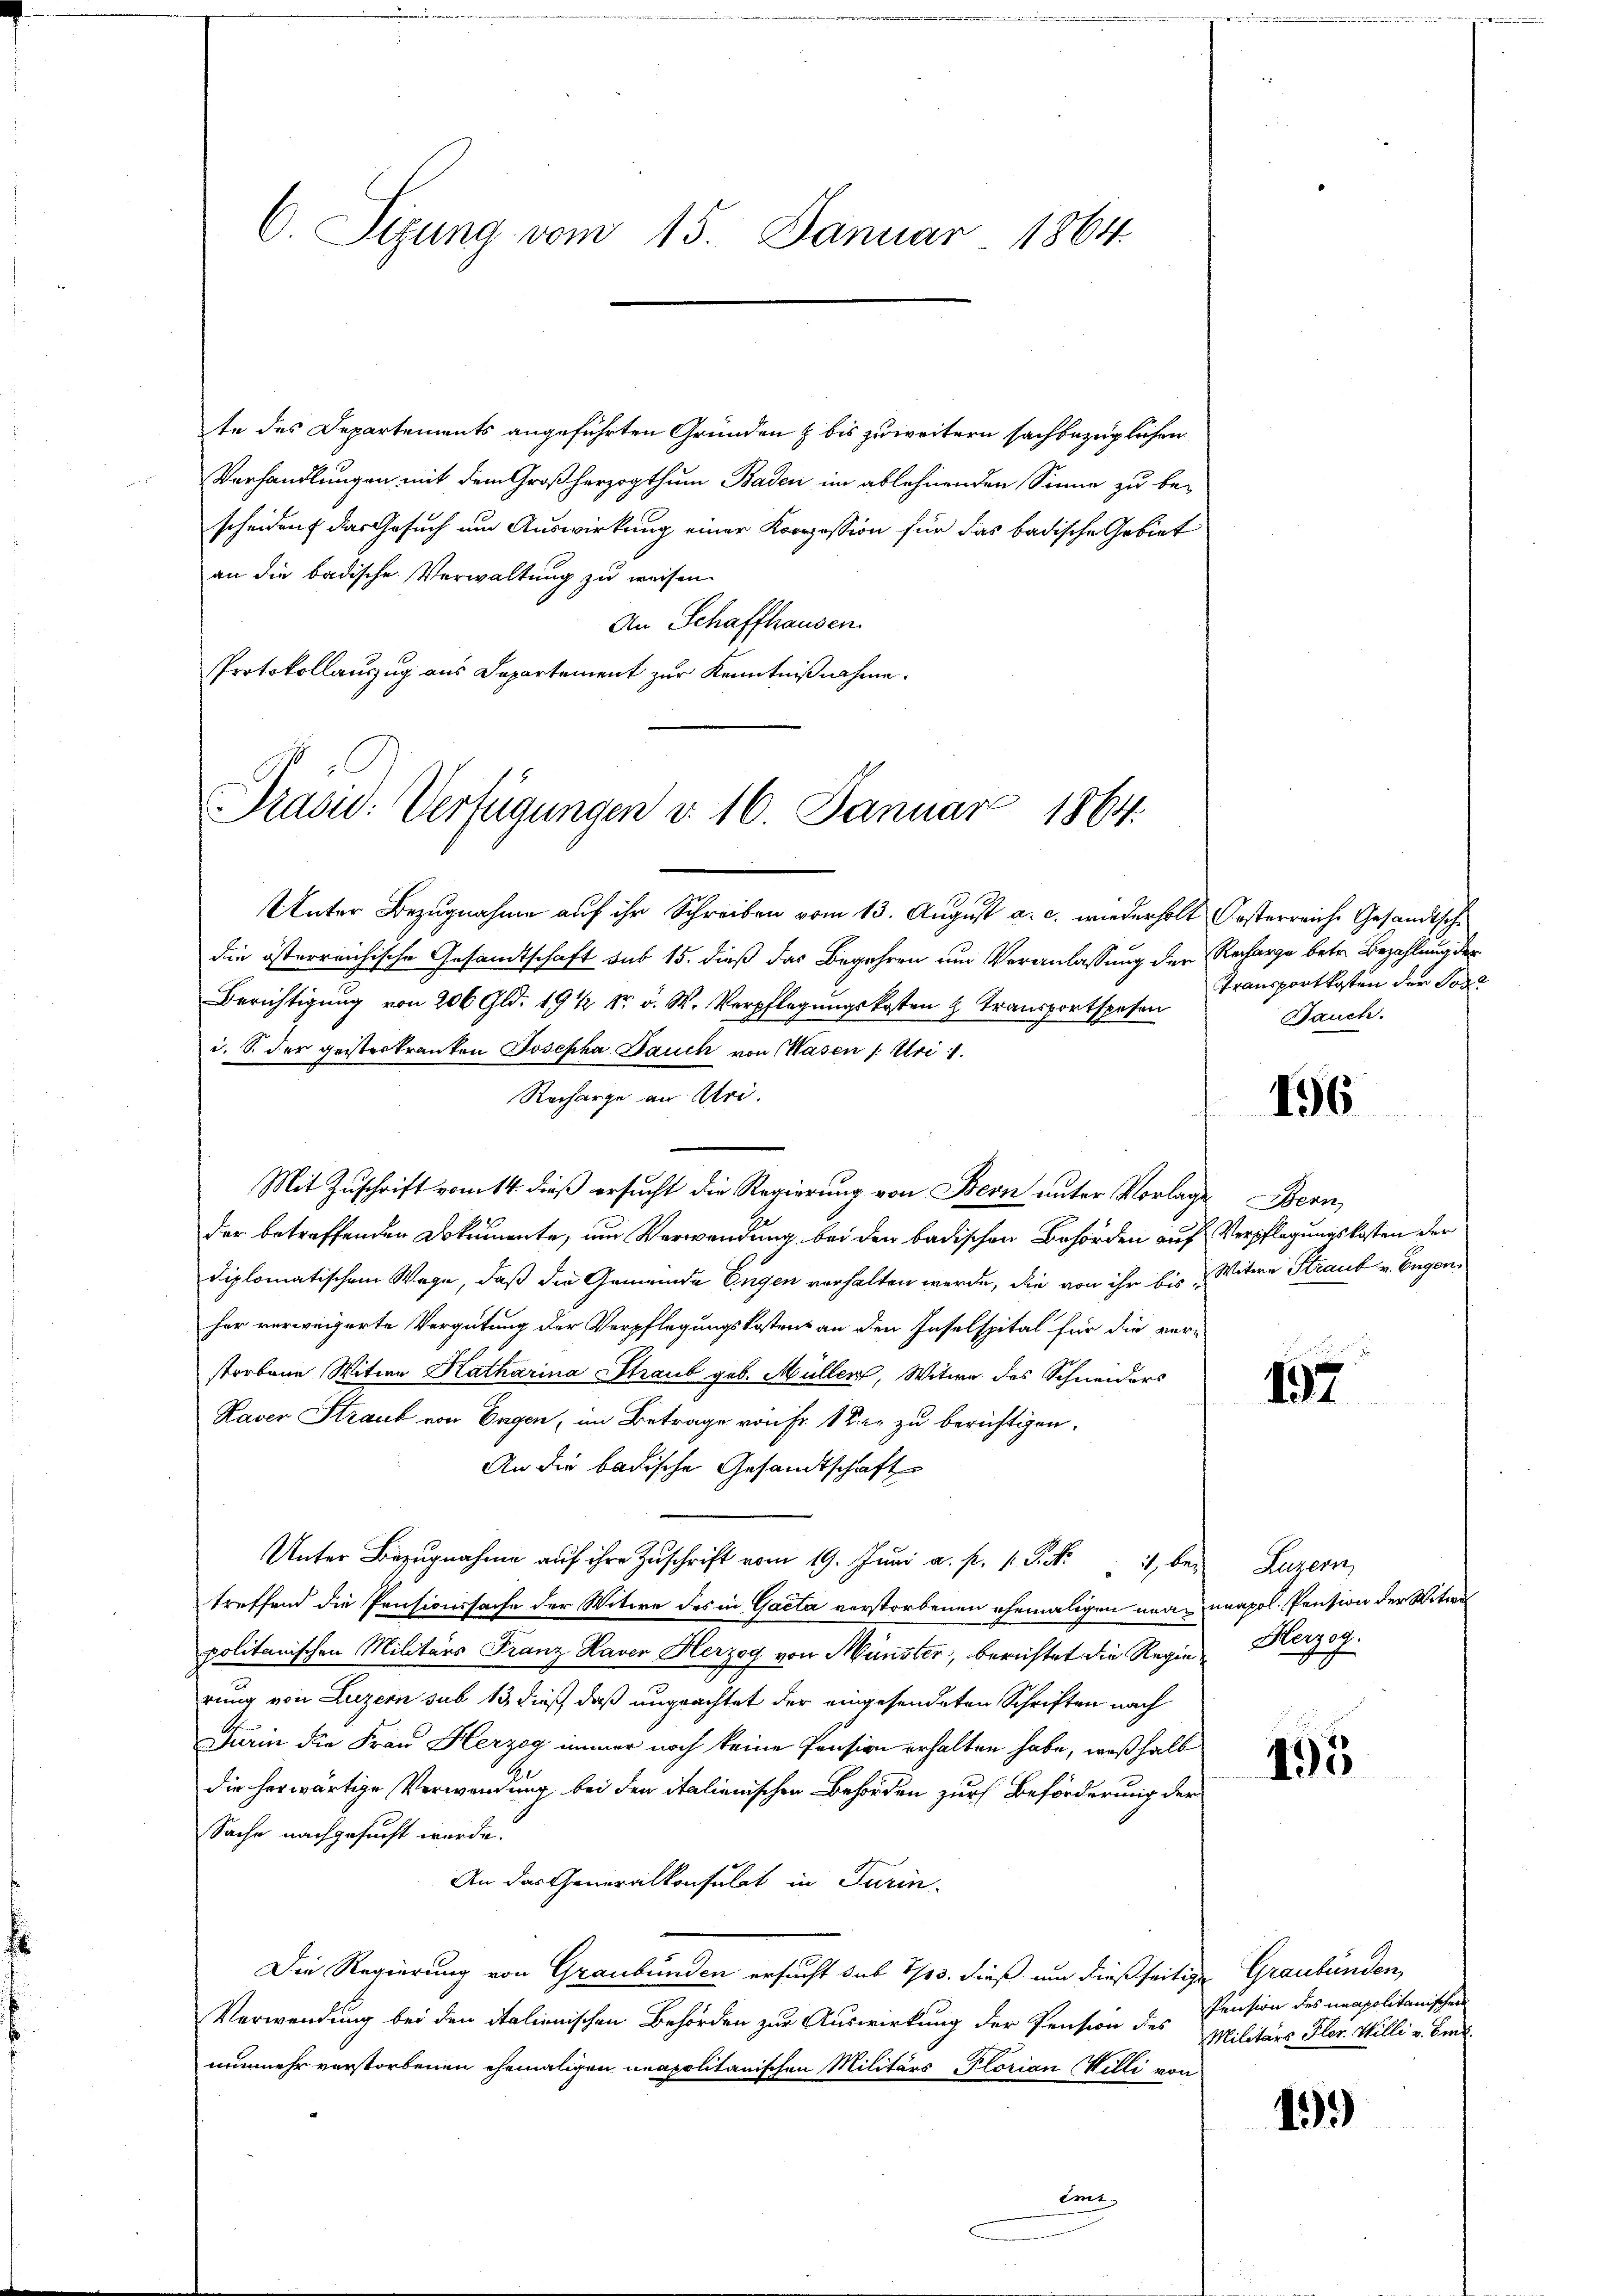
C. Sizung vom 15. Januar 1864.

Präsid. Verfügungen v. 16. Januar 1864.

te des Departements angeführten Gründen & bis zu weitern sachbezüglichen
Verhandlungen mit dem Großherzogthum Baden im ablehnenden Sinne zu be-
scheident das Gesuch um Auswirkung einer Konzession für das badische Gebiet
an die badische Verwaltung zu weisen.
An Schaffhausen.
Protokollauszug aus Departement zur Kenntnißnahme.

Unter Bezugnahme auf ihr Schreiben vom 13. August a. c. wiederholt Oesterreiche Gesandtsche
die österreichische Gesandtschaft sub 15. dieß das Begehren um Veranlassung der Recharge betr. Bezahlung der
Berichtigung von 200 Gld. 19 1/2 kr. v. W. Verpflegungskosten & Transportspesen
i. S. der geisterkranken Josepha Bauch von Wasen /: Uri
Recharge an Uri.
Mit Zuschrift vom 14. dieß ersucht die Regierung von Bern unter Vorlage Bern,
der betreffenden Dokumente, um Verwendung bei den badischen Behörden auf Verpflegungskosten der
diplomatischem Wege, daß die Gemeinde Engen verhalten werde, die von ihr bis Witwe Straut. v. Eugenher verweigerte Vergütung der Verpflegungskostens an den Inselspital für die ver-
storbene Witwe Katharina Straub geb. Müller, Witwe des Schneiders
Raver Straub von Engen, im Betrage von Fr. 1 der zu berichtigen.
An die badische Gesandtschaft
Unter Bezugnahme auf ihre Zuschrift vom 19. Juni a. p. 1. P. Nr. 11, bei
treffend die Pensionssache der Witwe des in Gacta verstorbenen ehemaligen neue unapol. Pension der Witwel
politanischen Militärs Franz Haver Herzog von Münster, berichtet die Regierung von Luzern sub 13 dieß, daß ungeachtet der eingesendeten Schriften nach
Furin die Frau Herzog immer noch keine Pension erhalten habe, weßhalb
die herwärtige Verwendung bei den italienischen Behörden zur Beförderung der
Sache nachgesucht wurde.
An das Generalkonsulat in Turin-
Die Regierung von Graubünden ersucht sub 1/3. dieß um dießseitige Graubünden,
Verwendung bei den italienischen Behörden zur Auswirkung der Pension des
nunmehr verstorbenen ehemaligen neapolitanischen Militärs Florian Willi von
Emi

Transportkosten der Tode
Bauch.

196

157

Luzern,
Herzog.

495

Pension des unapolitanischen
Militärs Pler. Willi v. Bind

159